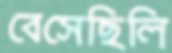
বেসেছিলি